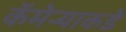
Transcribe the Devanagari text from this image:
कॅमेर्‍याकडे